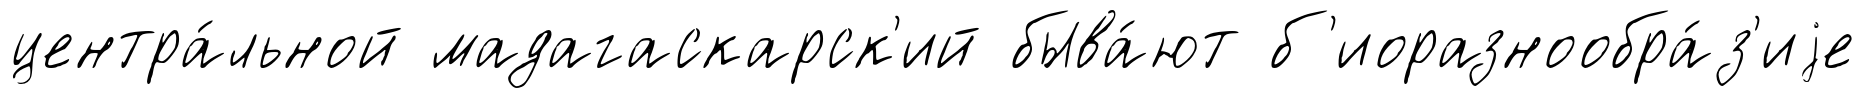
центра́льной мадагаскарск'ий быва́ют б'иоразнообра́з'иjе